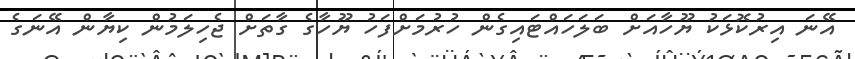
އޭނަ އިރުކޮޅަކު ޔޫހާއަށް ބަލަހައްޓައިގެން ހުރުމަށްފަހު ޔޫހާގެ ގާތަށް ޖެހިލަމުން ކިޔާން އޭނަގެ